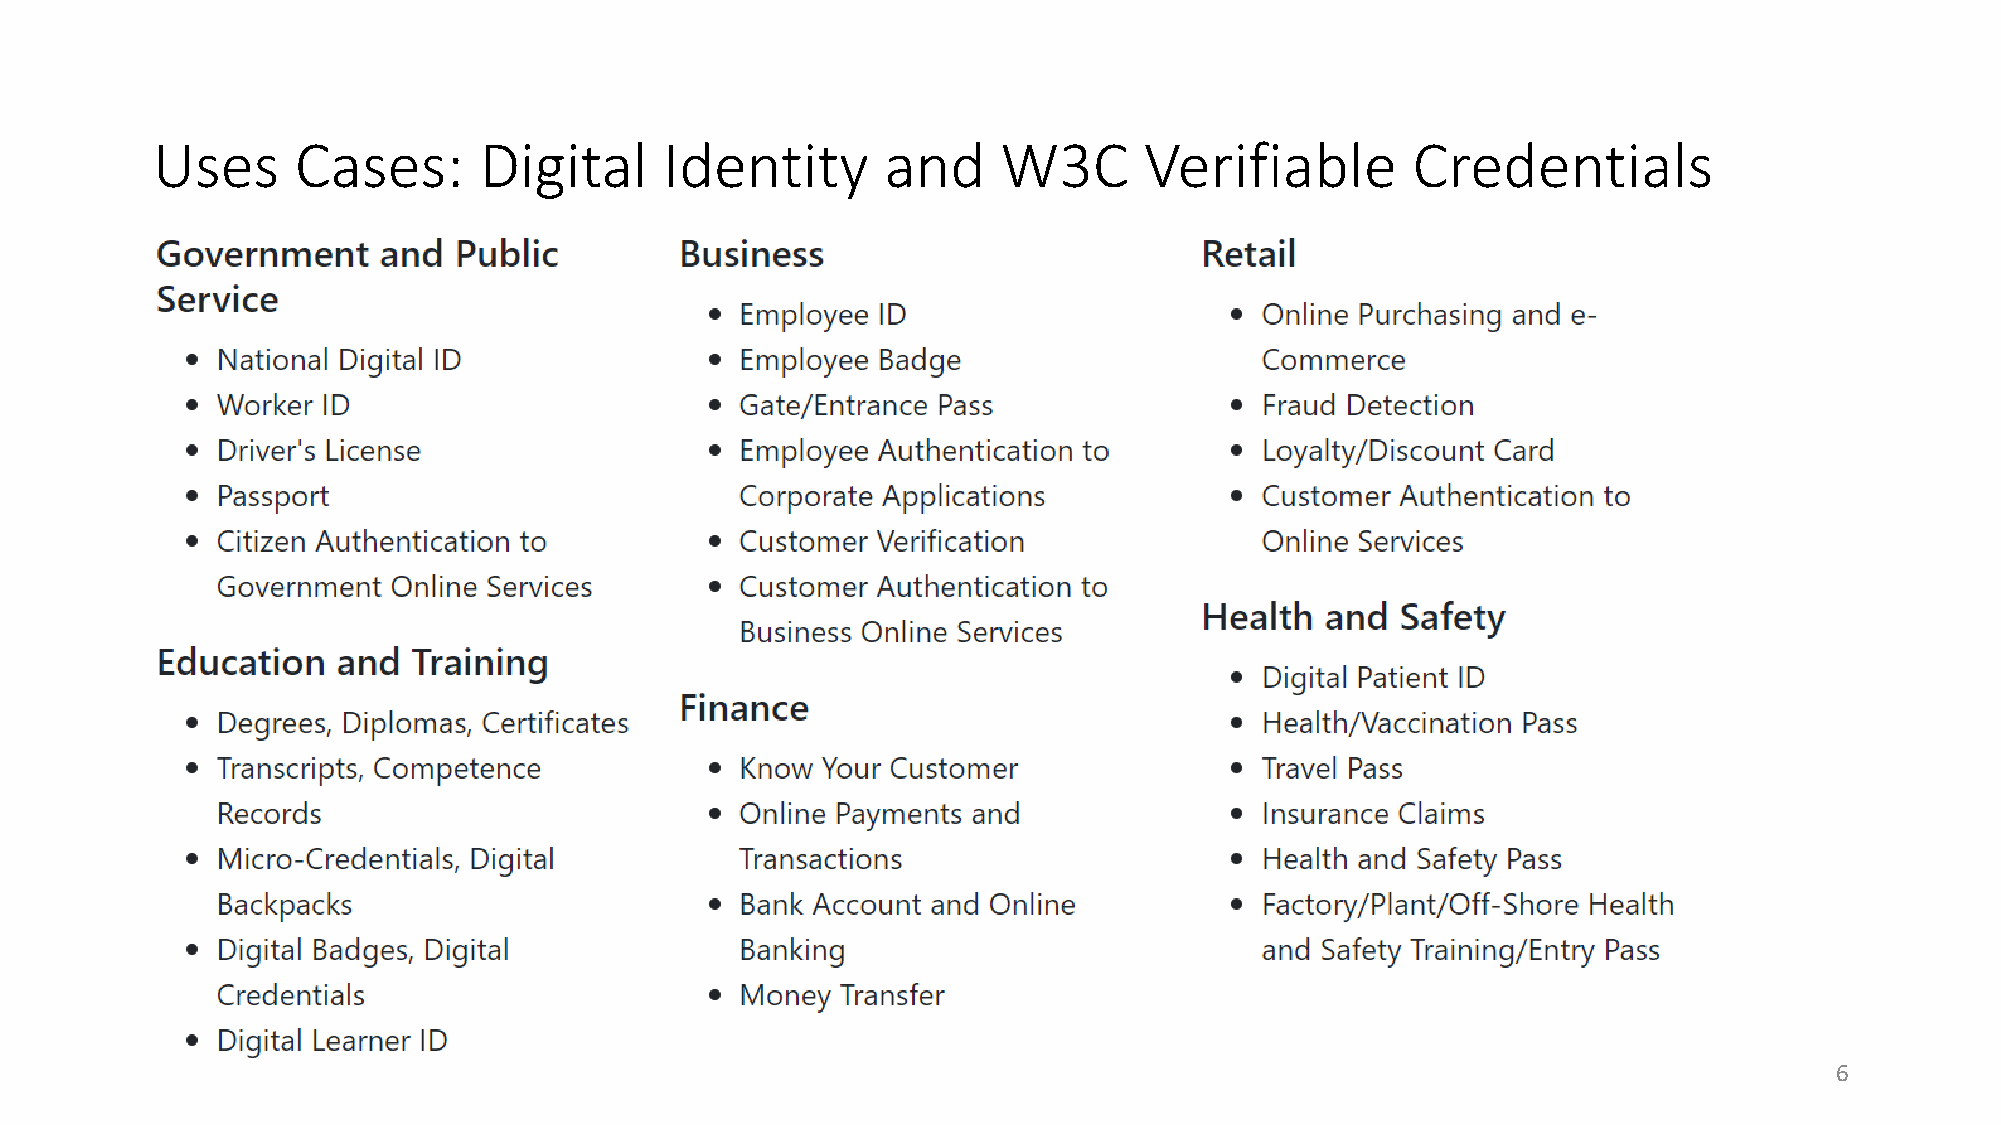
Uses      Cases:      Digital     Identity       and    W3C       Verifiable       Credentials
 6